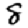
Digit: 8